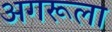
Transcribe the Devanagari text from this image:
अगरूला